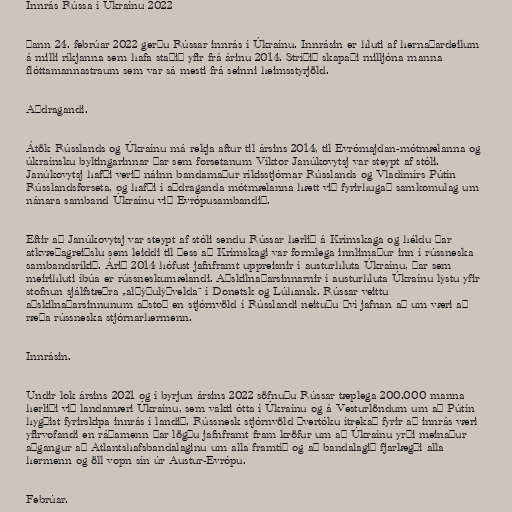
Innrás Rússa í Úkraínu 2022

Þann 24. febrúar 2022 gerðu Rússar innrás í Úkraínu. Innrásin er hluti af hernaðardeilum
á milli ríkjanna sem hafa staðið yfir frá árinu 2014. Stríðið skapaði milljóna manna
flóttamannastraum sem var sá mesti frá seinni heimsstyrjöld.

Aðdragandi.

Átök Rússlands og Úkraínu má rekja aftur til ársins 2014, til Evrómajdan-mótmælanna og
úkraínsku byltingarinnar þar sem forsetanum Víktor Janúkovytsj var steypt af stóli.
Janúkovytsj hafði verið náinn bandamaður ríkisstjórnar Rússlands og Vladímírs Pútín
Rússlandsforseta, og hafði í aðdraganda mótmælanna hætt við fyrirhugað samkomulag um
nánara samband Úkraínu við Evrópusambandið.

Eftir að Janúkovytsj var steypt af stóli sendu Rússar herlið á Krímskaga og héldu þar
atkvæðagreiðslu sem leiddi til þess að Krímskagi var formlega innlimaður inn í rússneska
sambandsríkið. Árið 2014 hófust jafnframt uppreisnir í austurhluta Úkraínu, þar sem
meirihluti íbúa er rússneskumælandi. Aðskilnaðarsinnarnir í austurhluta Úkraínu lýstu yfir
stofnun sjálfstæðra „alþýðulýðvelda“ í Donetsk og Lúhansk. Rússar veittu
aðskilnaðarsinnunum aðstoð en stjórnvöld í Rússlandi neituðu því jafnan að um væri að
ræða rússneska stjórnarhermenn.

Innrásin.

Undir lok ársins 2021 og í byrjun ársins 2022 söfnuðu Rússar tæplega 200.000 manna
herliði við landamæri Úkraínu, sem vakti ótta í Úkraínu og á Vesturlöndum um að Pútín
hygðist fyrirskipa innrás í landið. Rússnesk stjórnvöld þvertóku ítrekað fyrir að innrás væri
yfirvofandi en ráðamenn þar lögðu jafnframt fram kröfur um að Úkraínu yrði meinaður
aðgangur að Atlantshafsbandalaginu um alla framtíð og að bandalagið fjarlægði alla
hermenn og öll vopn sín úr Austur-Evrópu.

Febrúar.